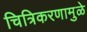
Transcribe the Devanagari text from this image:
चित्रिकरणामुळे